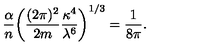
{ \frac { \alpha } { n } } \bigg ( { \frac { ( 2 \pi ) ^ { 2 } } { 2 m } } { \frac { \kappa ^ { 4 } } { \lambda ^ { 6 } } } \bigg ) ^ { 1 / 3 } = { \frac { 1 } { 8 \pi } } .